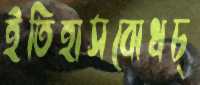
ইতিহাসবোধচ্